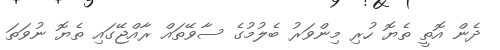
ދެން އޮޮތީ ތެޔޮ ހުރި މިންވަރު ބެލުމުގެ ސާވޭތައް ރާއްޖޭގައި ތެޔޮ ނުވަތަ